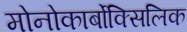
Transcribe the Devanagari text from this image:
मोनोकार्बोक्सिलिक